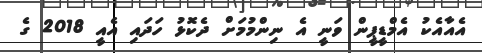
އެއާއެކު އެމްޑީޕީން ވަނީ އެ ނިންމުމަށް ދެކޮޅު ހަދައި އެއީ 2018 ގެ